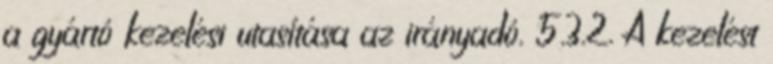
a gyártó kezelési utasítása az irányadó. 5.3.2. A kezelést